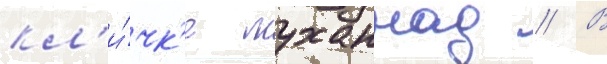
кл'и́чк'е муханнад // В